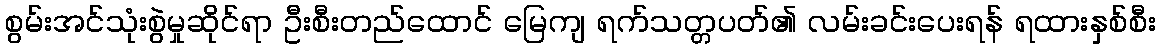
စွမ်းအင်သုံးစွဲမှုဆိုင်ရာ ဦးစီးတည်ထောင် မြေကျ ရက်သတ္တပတ်၏ လမ်းခင်းပေးရန် ရထားနှစ်စီး